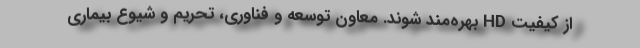
از کیفیت HD بهره‌مند شوند. معاون توسعه و فناوری، تحریم و شیوع بیماری